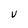
Character: V